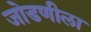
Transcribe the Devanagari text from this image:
जोडणीला